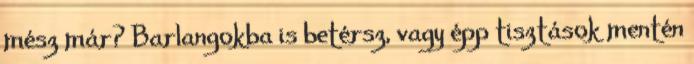
mész már? Barlangokba is betérsz, vagy épp tisztások mentén